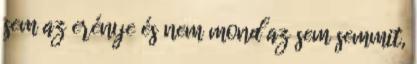
sem az erénye és nem mond az sem semmit,